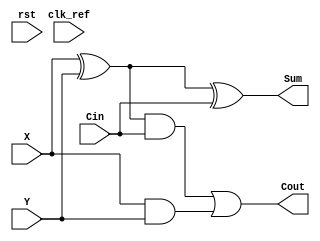
`timescale 1ns / 1ps

module week11hw1(
	input clk_ref,
	input rst,
	input X,
	input Y,
	input Cin,
	output Cout,
	output Sum

    );

	assign Sum = (X ^ Y) ^ Cin;
	assign Cout = ((X ^ Y) & Cin) | (X & Y);	//full adder .

endmodule